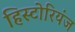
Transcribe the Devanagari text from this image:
हिस्टोरियंज